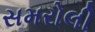
સમરોલી